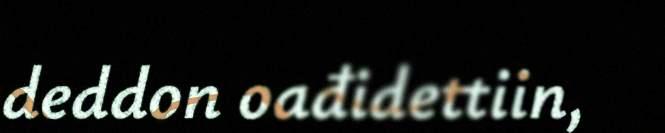
deddon oađidettiin,